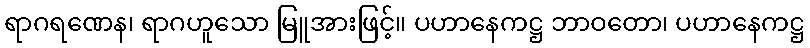
ရာဂရဏေန၊ ရာဂဟူသော မြူအားဖြင့်။ ပဟာနေကဋ္ဌ ဘာဝတော၊ ပဟာနေကဋ္ဌ